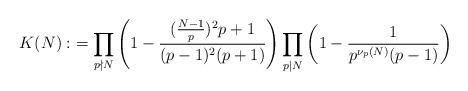
LaTeX: \begin{align*}K(N):&=\prod_{p\nmid N}\left( 1-\frac{(\frac{N-1}{p})^2p+1}{(p-1)^2(p+1)}\right)\prod_{{p\mid N}}\left(1-\frac{1}{p^{\nu_p(N)}(p-1)}\right) \end{align*}